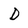
Character: D